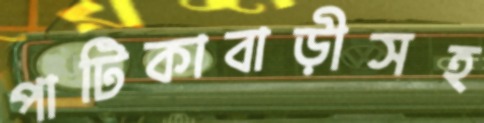
পাটিকাবাড়ীসহ